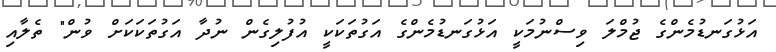
އަޅުގަނޑުމެންގެ ޖުމްލަ ވިސްނުމަކީ އަޅުގަނޑުމެންގެ އަގުތަކަކީ އުފުލިގެން ނުދާ އަގުތަކަކަށް ވުން" ތެލާއި